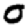
Digit: 0